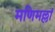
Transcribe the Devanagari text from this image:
मणिमल्लां